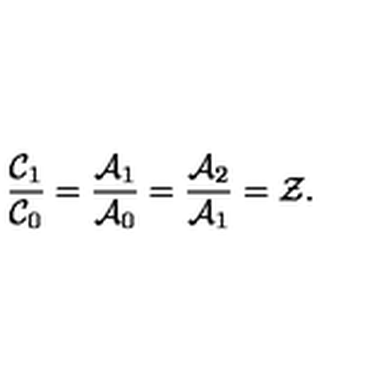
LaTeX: \frac { \mathcal { C } _ { 1 } } { \mathcal { C } _ { 0 } } = \frac { \mathcal { A } _ { 1 } } { \mathcal { A } _ { 0 } } = \frac { \mathcal { A } _ { 2 } } { \mathcal { A } _ { 1 } } = \mathcal { Z } .